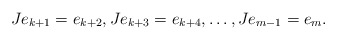
\begin{align*}Je_{k+1}=e_{k+2}, Je_{k+3}=e_{k+4},\dots,Je_{m-1}=e_m.\end{align*}